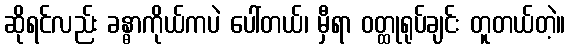
ဆိုရင်လည်း ခန္ဓာကိုယ်ကပဲ ပေါ်တယ်၊ မှီရာ ဝတ္ထုရုပ်ချင်း တူတယ်တဲ့။